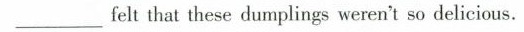
___ felt that these dumplings weren't so delicious.